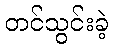
တင်သွင်းခဲ့